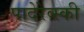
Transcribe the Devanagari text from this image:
पादेरेव्स्की